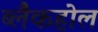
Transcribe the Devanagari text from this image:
ब्लैकहोल